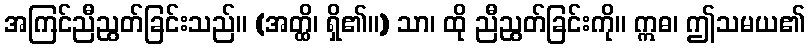
အကြင်ညီညွတ်ခြင်းသည်။ (အတ္ထိ၊ ရှိ၏။) သာ၊ ထို ညီညွတ်ခြင်းကို။ ဣဓ၊ ဤသမယ၏